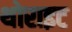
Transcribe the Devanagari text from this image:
थोराइट